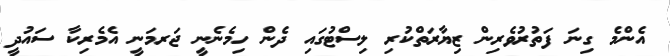
އެންމެ ގިނަ ފަތުރުވެރިން ޒިޔާރަތްކުރި ލިސްޓުގައި ދެން ހިމެނެނީ ޖަރމަނީ އެމެރިކާ ސައުދީ